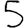
Digit: 5